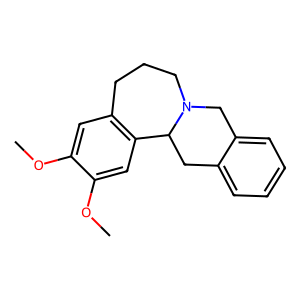
SMILES: COc1cc2c(cc1OC)C1Cc3ccccc3CN1CCC2
Inhibits HIV replication: No